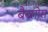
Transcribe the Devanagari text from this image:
बैब्लोस